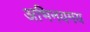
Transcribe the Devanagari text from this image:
अभिनयमय